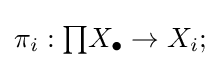
\pi _{i}:{\textstyle \prod }X_{\bullet }\to X_{i};